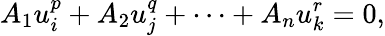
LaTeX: A_{1}u_{i}^{p}+A_{2}u_{j}^{q}+\dots+A_{n}u_{k}^{r}=0,